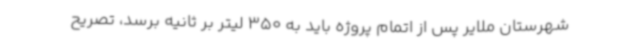
شهرستان ملایر پس از اتمام پروژه باید به 350 لیتر بر ثانیه برسد، تصریح